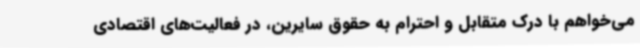
می‌خواهم با درک متقابل و احترام به حقوق سایرین، در فعالیت‌های اقتصادی